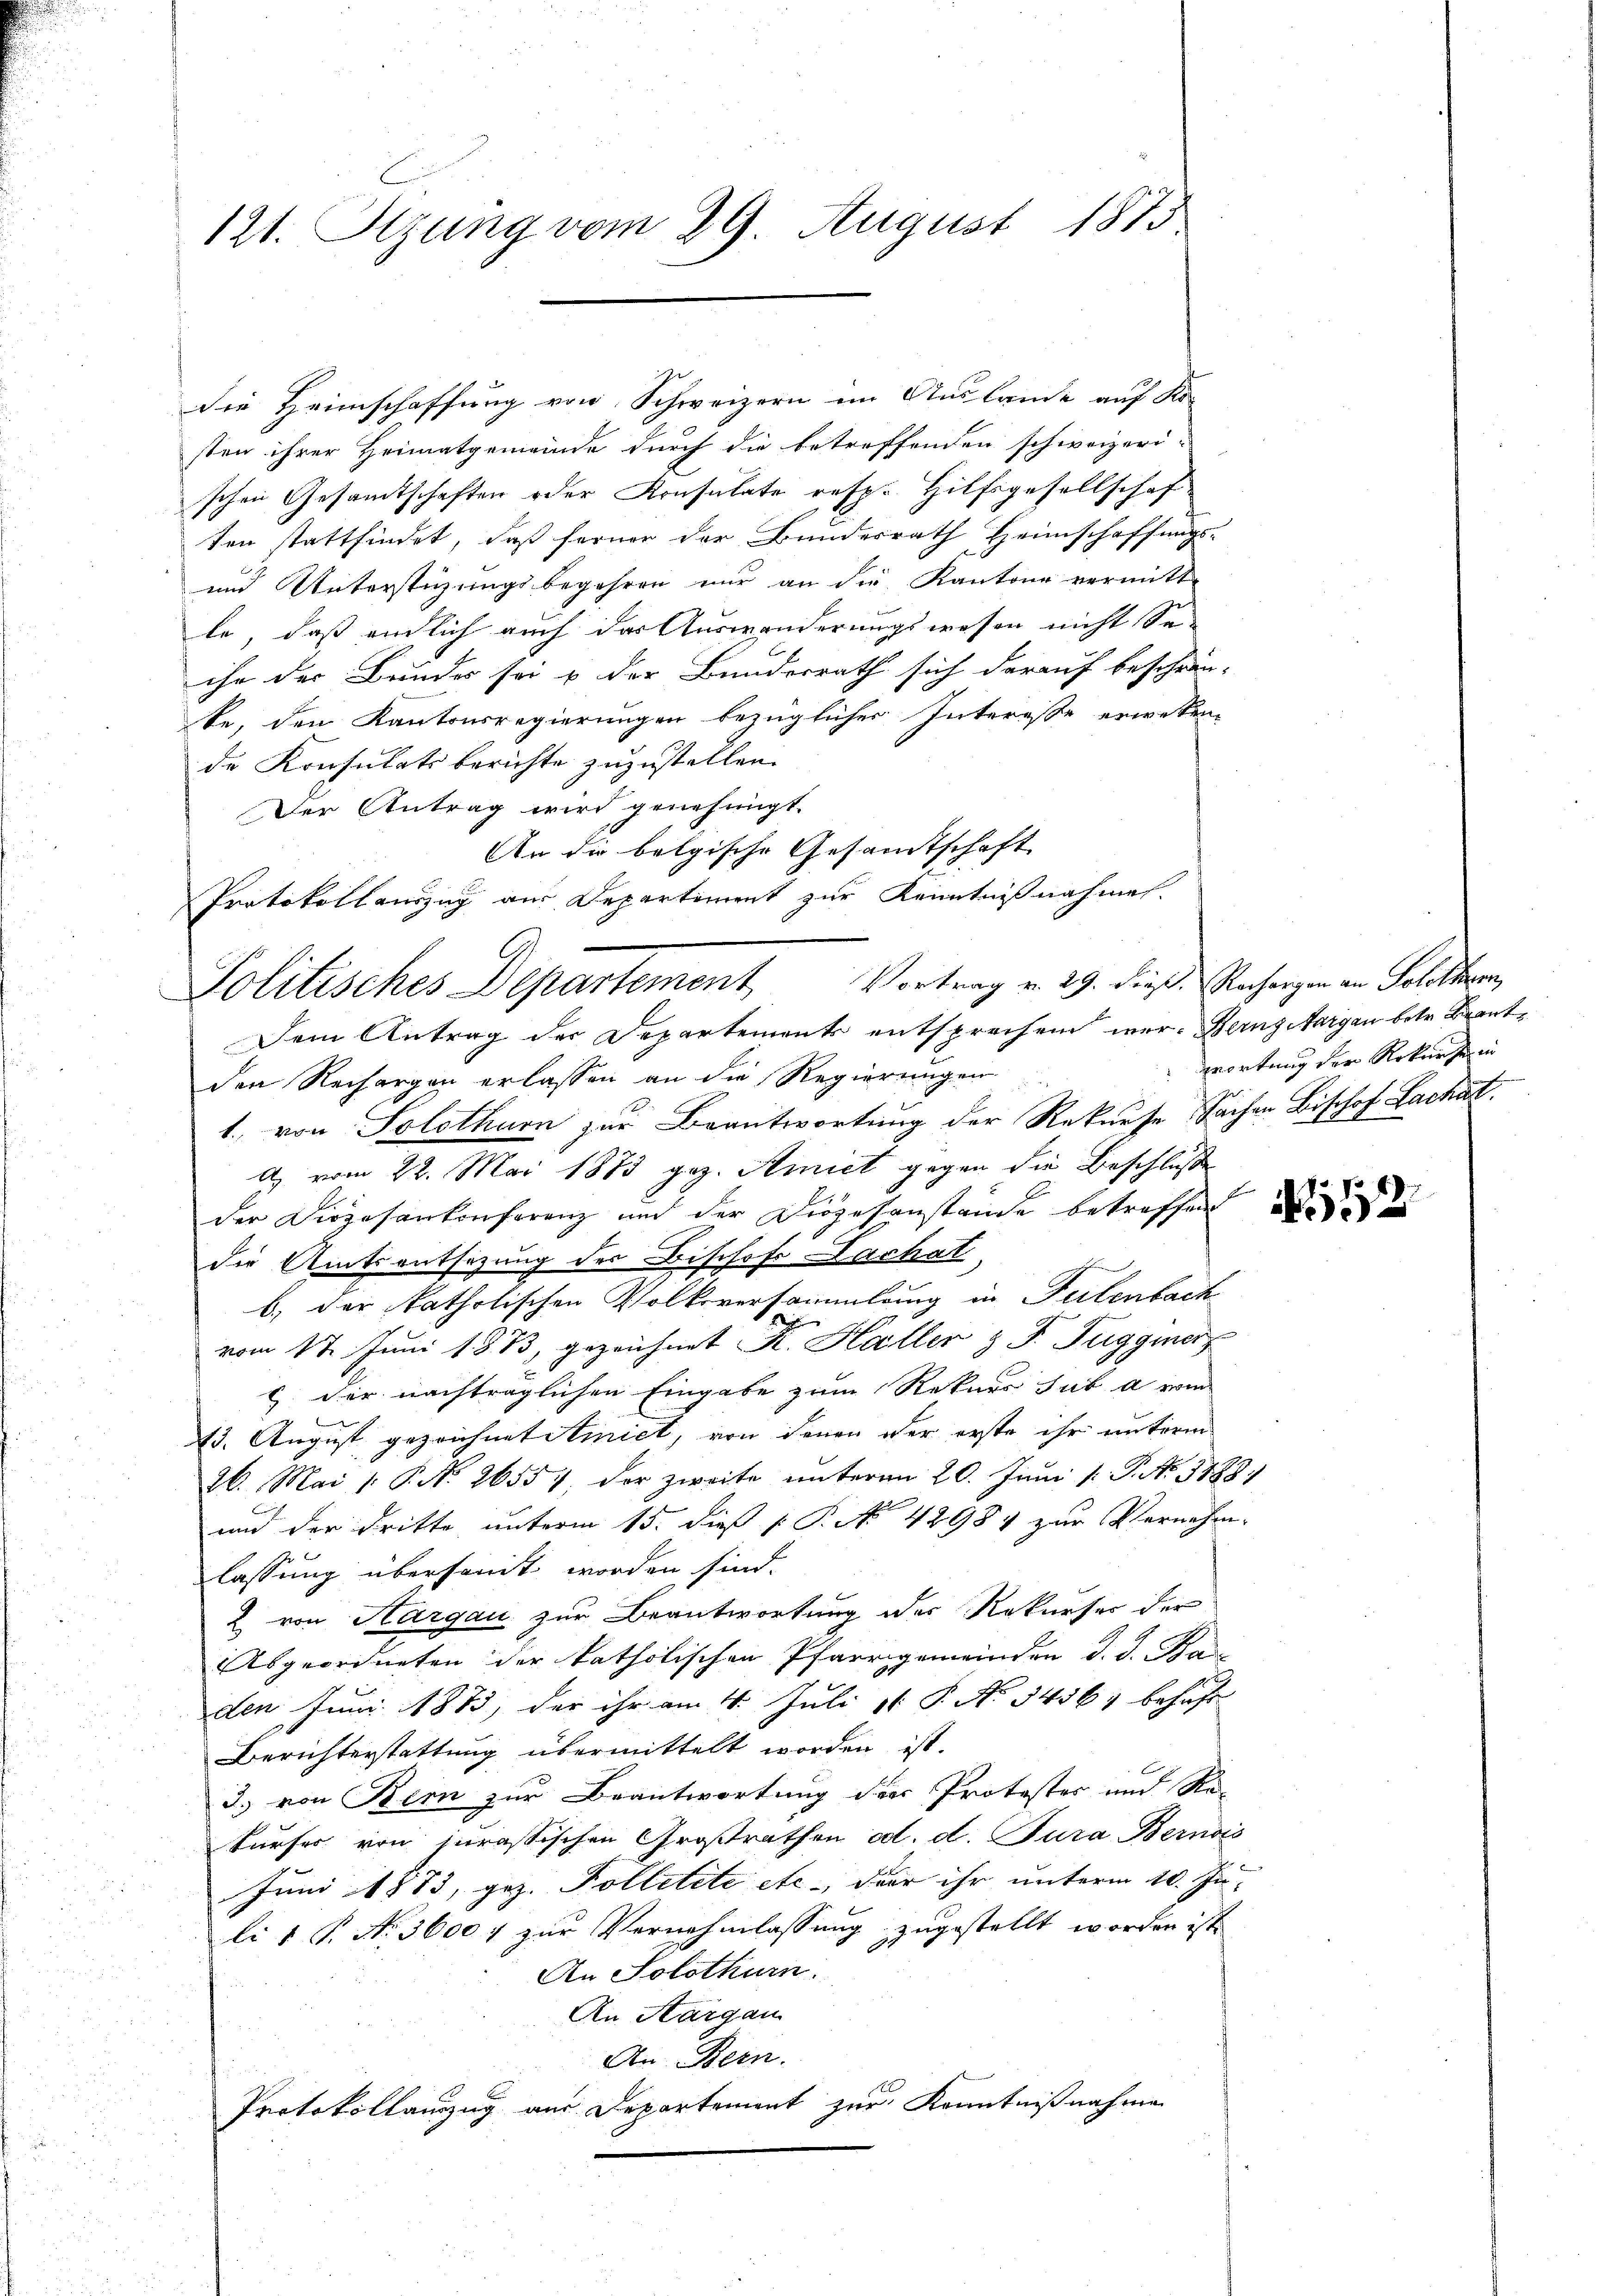
121. Stzung vom 29. August 1813.

Protokollauszug aus Departement zur Kenntnißnahmen.
Politisches Departement Vortrag v. 29. dieß Nachargen in Solothurn,

die Heimschaffung von Schweizern im Auslande auf Ko-
sten ihrer Heimatgemeinde durch die betreffenden schweizeri-
schen Gesamtschaften oder Konsulate resp. Hilfsgesellschaf
ten stattfindet, daß ferner der Bundesrath Heimschaffungs-
und Unterstüzungsbegehren nur an die Kantone vermitt
le, daß endlich auch das Auswanderungswesen nicht Sa-
ihr der Bundes sei u der Bundesrath sich darauf beschrän-
ke, den Kantonsregierungen bezüglicher Interesse erwesen-
de Konsulats berichte zuzustellen.
Der Antrag wird genehmigt.
An die belgische Gesamtschaft
Dem Antrag der Departement entsprechen wer- Berngeborgen betr. Brantden Rechargen erlassen an die Regierungen
1., von Solothurn zur Beantwortung der Rekurse Sachen Bischof Lachat.
A. vom 22. Mai 1873 gez. Amict gegen die Beschluße
der Dirzosenkonferenz und der Diözesanstände betreffen
die Amtsentsazung des Bischof Lachat
b.) der Katholischen Volksversammlung in Telenbach
s
f
vom 17. Juni 1833, gezeichnet R. Haller & J. Fuggmer
G. der nachträglichen Eingabe zum Rekurs sub a vom
13. August gezeichnet Amiet, von denen der erste ihr unterm
26. Mai /: P. Nr. 2655/ der zweite unterm 20. Juni 1: P. No. 5788,
und der dritte, unterm 15. dieß P. No 42984 zur Vernehm-
lassung übersant worden sind.
2 von Hargau zur Beantwortung der Rekurses der
Abgeordneten der katholischen Pfarrgemeinden d. J. Kas
den Juni 1883, der ihr am 4. Juli 18. No 34567 behaft
Berichterstattung übermittelt worden ist.
3) von Bern zur Beantwortung der Protester und Re-
kurses von jurassischen Großrathen od. d. Jura Bernos
Juni 1883, gez. Polletete etc., der ihr unterm 10. Juli1 P. No. 3600 f zur Vernehmlassung zugestellt worden ist.
An Solothurn.
An Aargau
An Bern.
Protokollanzug aus Departement zur Kenntnißnahme

wortung der Rekurse in

1112